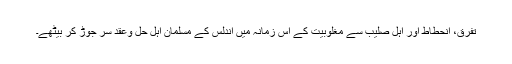
تفرق، انحطاط اور اہلِ صلیب سے مغلوبیت کے اس زمانہ میں اندلس کے مسلمان اہلِ حل وعقد سر جوڑ کر بیٹھے۔